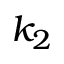
k _ { 2 }